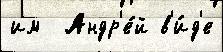
им  Андр'е́й в'и́д'е